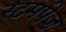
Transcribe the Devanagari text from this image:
स्टमपेज